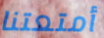
أمتعتنا